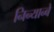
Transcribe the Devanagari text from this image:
निन्यान्बे